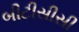
બીટીસીસી